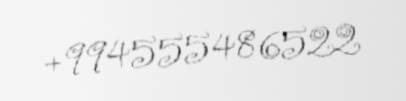
+994555486522